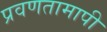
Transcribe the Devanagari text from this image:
प्रवणतामापी